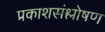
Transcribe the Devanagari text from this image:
प्रकाशसंश्लोषण